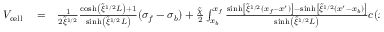
\begin{array} { r l r } { V _ { \mathrm { c e l l } } } & { { } = } & { \frac { 1 } { 2 \tilde { \xi } ^ { 1 / 2 } } \frac { \cosh \left( \tilde { \xi } ^ { 1 / 2 } L \right) + 1 } { \sinh \left( \tilde { \xi } ^ { 1 / 2 } L \right) } ( \sigma _ { f } - \sigma _ { b } ) + \frac { \tilde { \chi } } { 2 } \int _ { x _ { b } } ^ { x _ { f } } \frac { \sinh \left[ \tilde { \xi } ^ { 1 / 2 } ( x _ { f } - x ^ { \prime } ) \right] - \sinh \left[ \tilde { \xi } ^ { 1 / 2 } ( x ^ { \prime } - x _ { b } ) \right] } { \sinh \left( \tilde { \xi } ^ { 1 / 2 } L \right) } c ( x ^ { \prime } , t ) d x ^ { \prime } } \end{array}